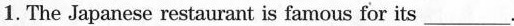
1.The Japanese restaurant is famous for its ___.